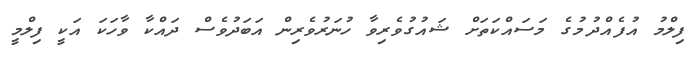
ފިލްމު އުފެއްދުމުގެ މަސައްކަތަށް ޝައުގުވެރިވާ ހުނަރުވެރިން އަބަދުވެސް ދައްކާ ވާހަކަ އަކީ ފިލްމީ